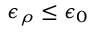
\epsilon _ { \rho } \leq \epsilon _ { 0 }